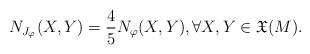
LaTeX: \begin{align*}N_{J_{\varphi}}(X,Y)=\frac{4}{5} N_{\varphi}(X,Y), \forall X, Y \in {\mathfrak X} (M).\end{align*}